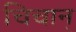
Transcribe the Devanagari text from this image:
चिचान्